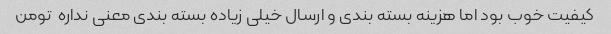
کیفیت خوب بود اما هزینه بسته بندی و ارسال خیلی زیاده بسته بندی معنی نداره  تومن